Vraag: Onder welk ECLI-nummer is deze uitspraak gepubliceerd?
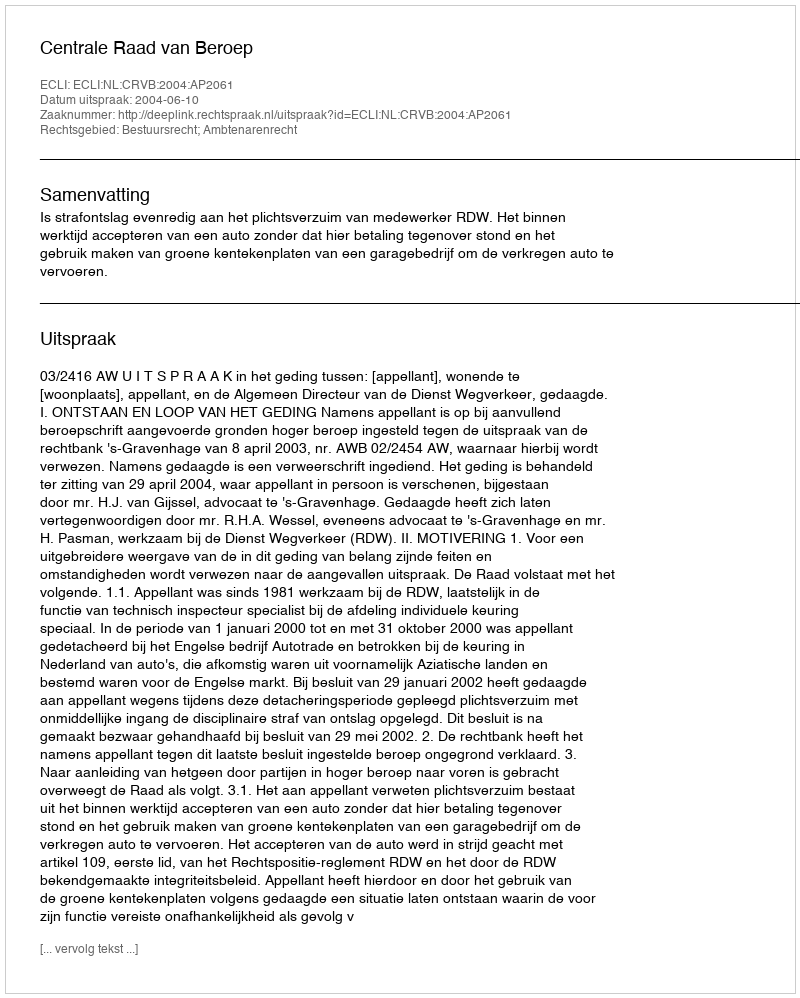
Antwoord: ECLI:NL:CRVB:2004:AP2061